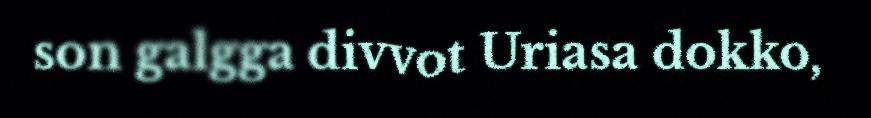
son galgga divvot Uriasa dokko,